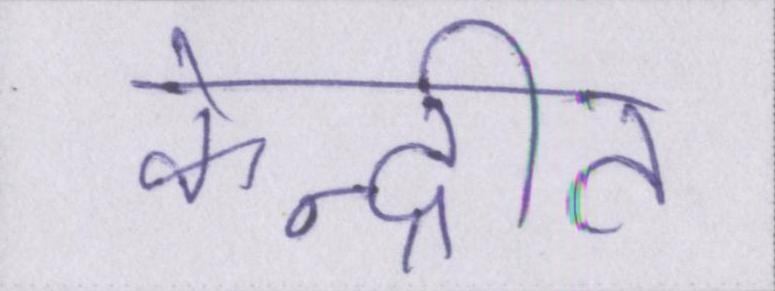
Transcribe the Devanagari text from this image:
केन्द्रीत